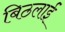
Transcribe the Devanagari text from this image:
बिठलाईं